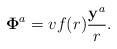
\begin{align*}{\bf \Phi}^a=vf(r)\frac{{\bf y}^a}{r}.\end{align*}